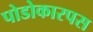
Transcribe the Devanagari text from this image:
पोडोकारपस